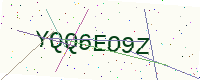
Text: YQQ6EO9Z